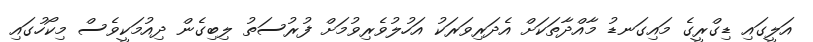
އަލީގައި ޑިގްރީގެ މައިގަނޑު މާއްދާތަކަށް އެދަރިވަރަކު އަހުލުވެރިވުމަށް ފުރުސަތު ލިބިގެން ދިއުމަކީވެސް މިކޯހުގައި